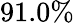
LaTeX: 91.0\%